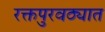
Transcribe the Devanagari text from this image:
रक्तपुरवठ्यात